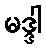
မဒ္ဒါ